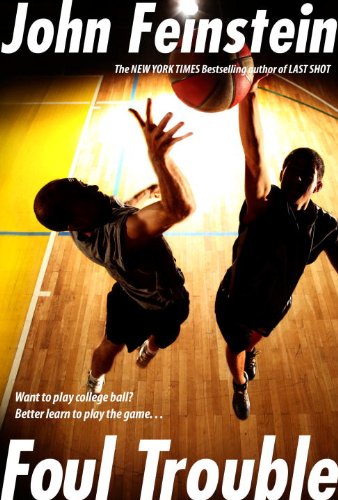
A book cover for Foul Trouble; John Feinstein; Teen & Young Adult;